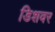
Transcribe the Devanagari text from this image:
डिशवर